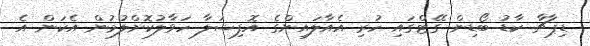
ޑިޕާޗާ ކާޑު ބޯޑިން ގޭޓްގައި ހުރި އެއާލައިންގެ އޮފިޝަލާ ހަވާލުކޮށްލުމުން އެކަން އެ